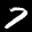
Label: 7